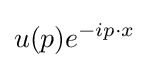
u(p)e^{-ip\cdot x}